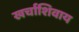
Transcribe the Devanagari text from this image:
खर्चाशिवाय